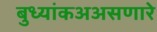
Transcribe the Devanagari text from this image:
बुध्यांकअअसणारे